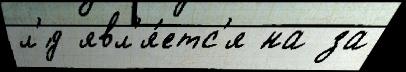
л'́д явл'я́етс'я на за